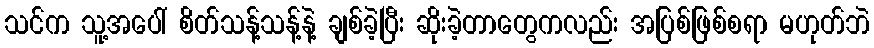
သင်က သူ့အပေါ် စိတ်သန့်သန့်နဲ့ ချစ်ခဲ့ပြီး ဆိုးခဲ့တာတွေကလည်း အပြစ်ဖြစ်စရာ မဟုတ်ဘဲ